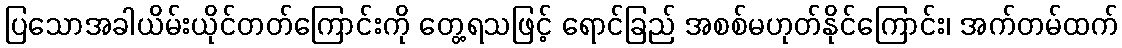
ပြသောအခါယိမ်းယိုင်တတ်ကြောင်းကို တွေ့ရသဖြင့် ရောင်ခြည် အစစ်မဟုတ်နိုင်ကြောင်း၊ အက်တမ်ထက်